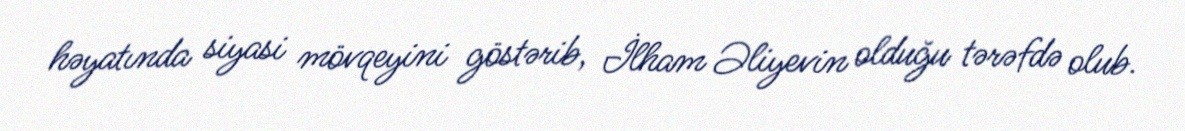
həyatında siyasi mövqeyini göstərib, İlham Əliyevin olduğu tərəfdə olub.